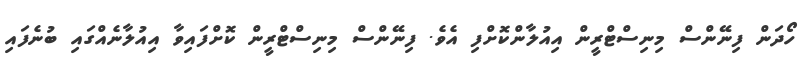
ހޯދަން ފިނޭންސް މިނިސްޓްރީން އިއުލާންކޮށްފި އެވެ. ފިނޭންސް މިނިސްޓްރީން ކޮށްފައިވާ އިއުލާނެއްގައި ބުނެފައި